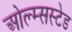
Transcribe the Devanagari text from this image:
ओल्म्सस्टेड